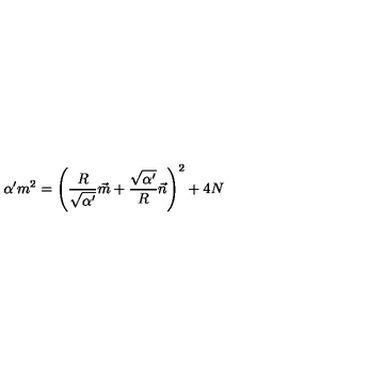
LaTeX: \alpha ^ { \prime } m ^ { 2 } = \left( \frac { R } { \sqrt { \alpha ^ { \prime } } } \vec { m } + \frac { \sqrt { \alpha ^ { \prime } } } { R } \vec { n } \right) ^ { 2 } + 4 N